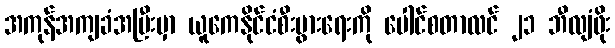
အကုန်အကျခံအပြီးမှာ ယူကေနိုင်ငံစီးပွားရေးကို ပေါင်စတာလင် ၂၁ ဘီလျံဖိုး